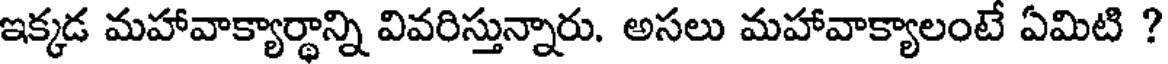
ఇక్కడ మహావాక్యార్థాన్ని వివరిస్తున్నారు. అసలు మహావాక్యాలంటే ఏమిటి ?